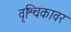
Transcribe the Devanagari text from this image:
वृश्चिकावर